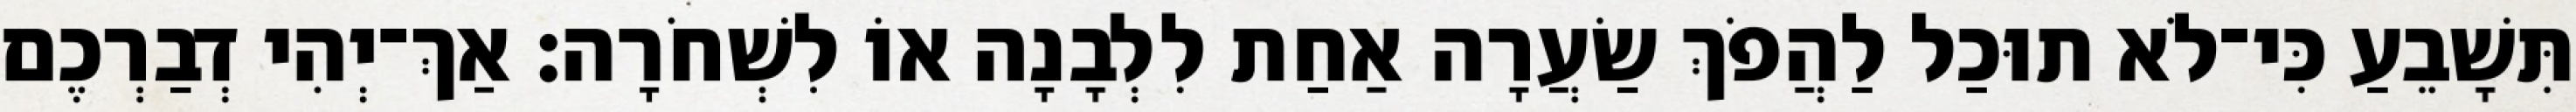
תִּשָׁבֵעַ כִּי־לֹא תוּכַל לַהֲפֹךְ שַׂעֲרָה אַחַת לִלְבָנָה אוֹ לִשְׁחֹרָה׃ אַךְ־יְהִי דְבַרְכֶם